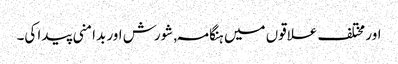
اور مختلف علاقوں میں ہنگامہ , شورش اور بدامنی پیدا کی۔